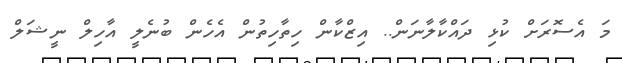
މަ އެސޮރަށް ކުޅި ދައްކާލާނަން.. އިޒްކާން ހިތާހިތުން އެހެން ބުނެލީ އާހިލް ނީޝަލް